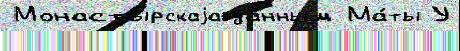
Монасты́рскаjа да́нным Ма́ты У